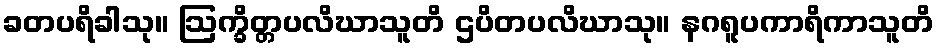
ခတပရိခါသု။ ဩက္ခိတ္တပလိဃာသူတိ ဌပိတပလိဃာသု။ နဂရူပကာရိကာသူတိ